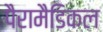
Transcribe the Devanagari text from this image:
पैरामैडिकल